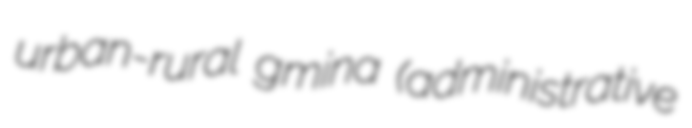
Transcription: urban-rural gmina (administrative